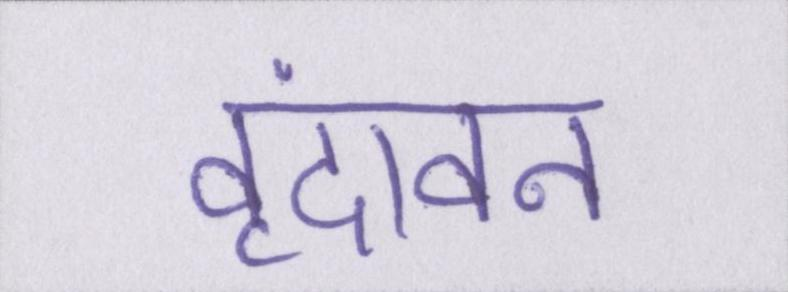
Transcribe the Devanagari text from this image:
वृंदावन